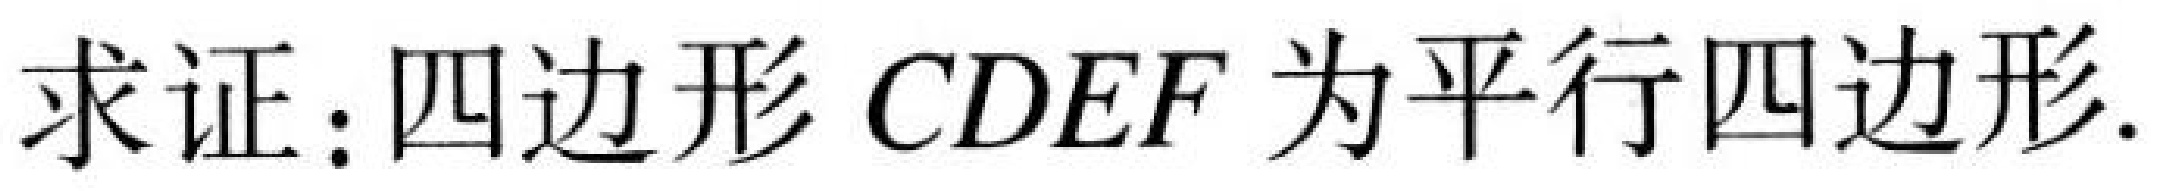
求证：四边形\(CDEF\)为平行四边形.